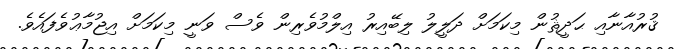
ޤުރުއާނާއި ޙަދީޘުން މިކަމަށް ދަލީލު ލިބޭއިރު އިލްމުވެރިން ވެސް ވަނީ މިކަމަށް އިޖުމާޢުވެފައެވެ.